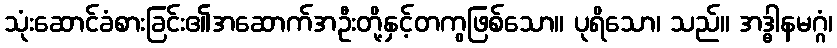
သုံးဆောင်ခံစားခြင်း၏အဆောက်အဦးတို့နှင့်တကွဖြစ်သော။ ပုရိသော၊ သည်။ အဒ္ဓါနမဂ္ဂံ၊